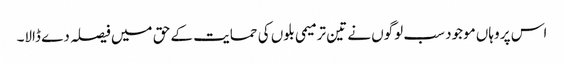
اس پر وہاں موجود سب لوگوں نے تین ترمیمی بلوں کی حمایت کے حق میں فیصلہ دے ڈالا۔